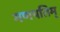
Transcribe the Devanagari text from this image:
गणपतिम्‌